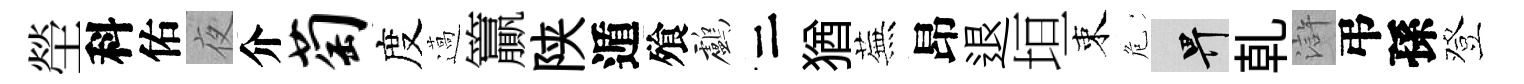
塋科佑夜介萄度薖籯陕遁飱鸕二猶蕪昂退垣束危畀乹滸弔孫登